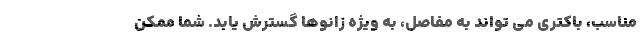
مناسب، باکتری می تواند به مفاصل، به ویژه زانوها گسترش یابد. شما ممکن